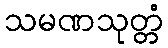
သမဏသုတ္တံ